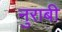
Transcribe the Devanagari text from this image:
नुराबी